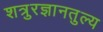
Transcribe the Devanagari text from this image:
शत्रुरज्ञानतुल्य